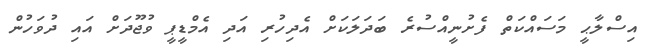
އިސްލާޙީ މަސައްކަތް ފެށުނީއްސުރެ ބަދަލަކަށް އެދިހުރި އަދި އެމްޑީޕީ ވުޖޫދަށް އައި ދުވަހުން